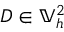
D \in \mathbb { V } _ { h } ^ { 2 }